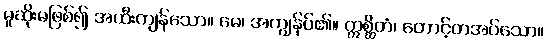
မူဆိုးမဖြစ်၍ အထီးကျန်သော။ မေ၊ အကျွန်ုပ်၏။ ဣစ္ဆိတံ၊ တောင့်တအပ်သော။